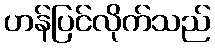
ဟန်ပြင်လိုက်သည်